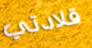
قلادتي